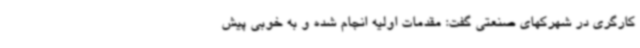
کارگری در شهرکهای صنعتی گفت: مقدمات اولیه انجام شده و به خوبی پیش